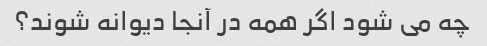
چه می شود اگر همه در آنجا دیوانه شوند؟